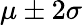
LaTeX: \mu\pm 2\sigma